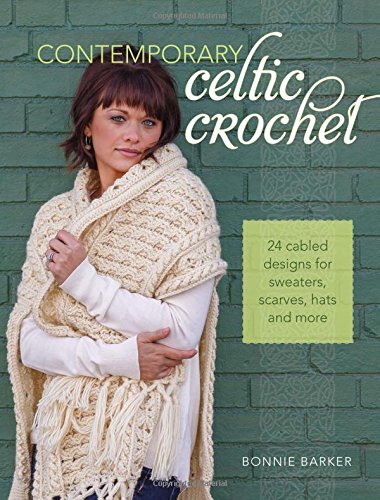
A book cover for Contemporary Celtic Crochet: 24 Cabled Designs for Sweaters, Scarves, Hats and More; Bonnie Barker; Crafts, Hobbies & Home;